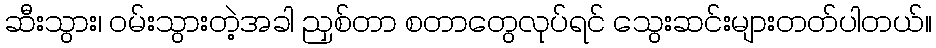
ဆီးသွား၊ ဝမ်းသွားတဲ့အခါ ညှစ်တာ စတာတွေလုပ်ရင် သွေးဆင်းများတတ်ပါတယ်။